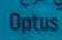
optus